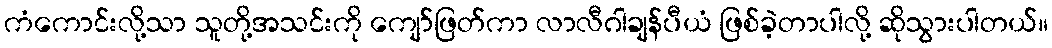
ကံကောင်းလို့သာ သူတို့အသင်းကို ကျော်ဖြတ်ကာ လာလီဂါချန်ပီယံ ဖြစ်ခဲ့တာပါလို့ ဆိုသွားပါတယ်။